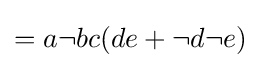
{\textstyle =a\neg bc(de+\neg d\neg e)}